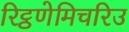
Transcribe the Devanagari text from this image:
रिट्ठणेमिचरिउ